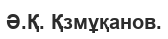
Ә.Қ. Қзмұқанов.